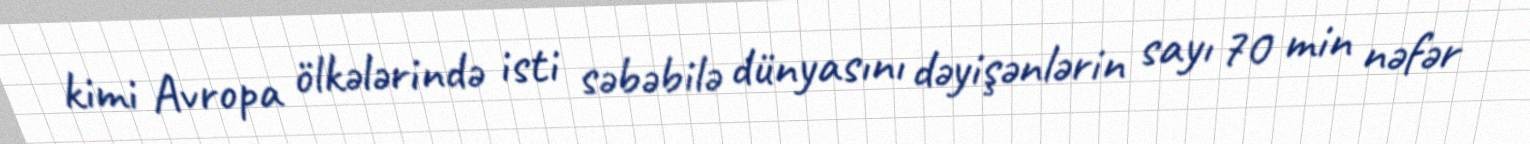
kimi Avropa ölkələrində isti səbəbilə dünyasını dəyişənlərin sayı 70 min nəfər